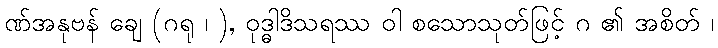
ဏ်အနုဗန် ချေ (ဂရု ၊ ), ဝုဒ္ဓါဒိသရဿ ဝါ စသောသုတ်ဖြင့် ဂ ၏ အစိတ် ၊